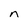
Character: n